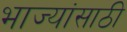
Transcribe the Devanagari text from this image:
भाज्यांसाठी